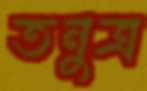
তনুত্র